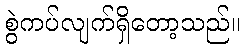
စွဲကပ်လျက်ရှိတော့သည်။